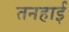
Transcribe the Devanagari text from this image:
तनहाई